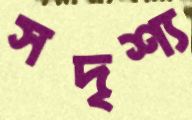
সদৃশ্য